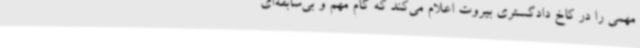
مهمی را در کاخ دادگستری بیروت اعلام می‌کند که گام مهم و بی‌سابقه‌ای